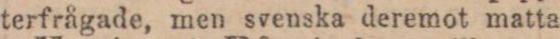
terfrågade, men svenska deremot matta.